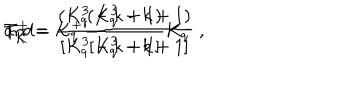
LaTeX: T _ { K } ^ { + } = K _ { q } ^ { + } \frac { ( K _ { q } ^ { 3 } - k + 1 ) } { [ K _ { q } ^ { 3 } - k + 1 ] } \hspace { 1 . 5 c m } \mathrm { a n d } \hspace { 1 . 5 c m } T _ { K } ^ { - } = \frac { ( K _ { q } ^ { 3 } - k + 1 ) } { [ K _ { q } ^ { 3 } - k + 1 ] } K _ { q } ^ { - } \ ,